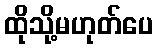
ထိုသို့မဟုတ်ပေ